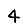
Digit: 4